Mental hospitals Bombay report 1921-28 - 1921-1928
Year: 1921
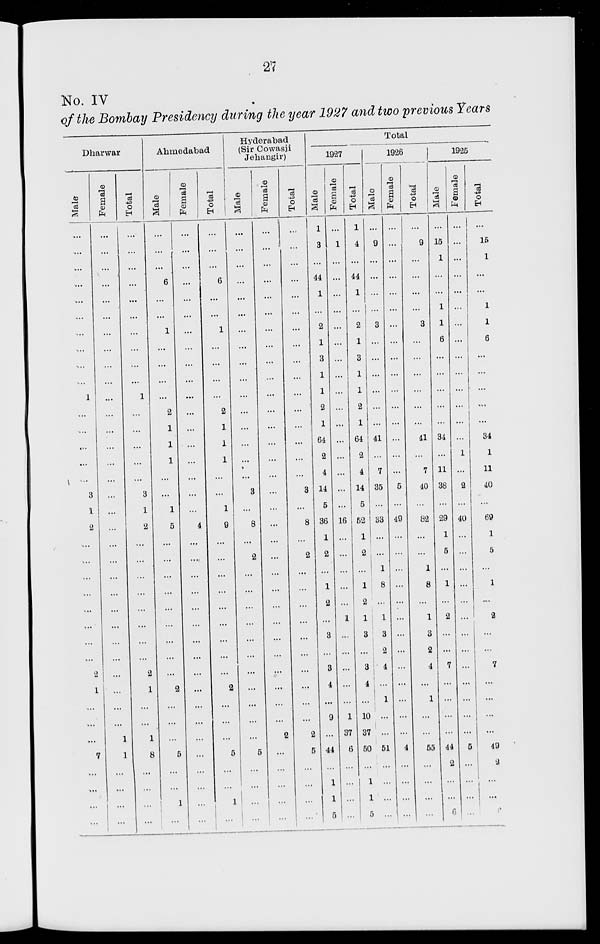
27
No. IV
of the Bombay Presidency during the year 1927 and two previous Years
Dharwar
Male
...
...
...
...
...
...
...
...
...
...
1
...
...
...
...
...
3
1
2
...
...
...
...
...
...
...
...
2
1
...
...
...
7
...
...
...
...
Female
...
...
...
...
...
...
...
...
...
...
...
...
...
...
...
...
...
...
...
...
...
...
...
...
...
...
...
...
...
...
...
1
1
...
...
...
...
Total
...
...
...
...
...
...
...
...
...
...
1
...
...
...
...
...
3
1
2
...
...
...
...
...
...
...
...
2
1
...
...
1
8
...
...
...
...
Ahmedabad
Male
...
...
...
6
...
...
1
...
...
...
...
2
1
1
1
...
...
1
5
...
...
...
...
...
...
...
...
...
2
...
...
...
5
...
...
1
...
Female
...
...
...
...
...
...
...
...
...
...
...
...
...
...
...
...
...
...
4
...
...
...
...
...
...
...
...
...
...
...
...
...
...
...
...
...
...
Total
...
...
...
6
...
...
1
...
...
...
...
2
1
1
1
...
...
1
9
...
...
...
...
...
...
...
...
...
2
...
...
...
5
...
...
1
...
Hyderabad
(Sir Cowasji
Jehangir)
Male
...
...
...
...
...
...
...
...
...
...
...
...
...
...
...
...
3
...
8
...
2
...
...
...
...
...
...
...
...
...
...
...
5
...
...
...
...
Female
...
...
...
...
...
...
...
...
...
...
...
...
...
...
...
...
...
...
...
...
...
...
...
...
...
...
...
...
...
...
...
2
...
...
...
...
...
Total
...
...
...
...
...
...
...
...
...
...
...
...
...
...
...
...
3
...
8
...
2
...
...
...
...
...
...
...
...
...
...
2
5
...
...
...
...
Total
1927
Male
1
3
...
44
1
...
2
1
3
1
1
2
1
64
2
4
14
5
36
1
2
...
1
2
...
3
...
3
4
...
9
...
44
...
1
1
5
Female
...
1
...
...
...
...
...
...
...
...
...
...
...
...
...
...
...
...
16
...
...
...
...
...
1
...
...
...
...
...
1
37
6
...
...
...
...
Total
1
4
...
44
1
...
2
1
3
1
1
2
1
64
2
4
14
5
52
1
2
...
1
2
1
3
...
3
4
...
10
37
50
...
1
1
5
1926
Male
...
9
...
...
...
...
3
...
...
...
...
...
...
41
...
7
35
...
33
...
...
1
8
...
1
3
2
4
...
1
...
...
51
...
...
...
...
Female
...
...
...
...
...
...
...
...
...
...
...
...
...
...
...
...
5
...
49
...
...
...
...
...
...
...
...
...
...
...
...
...
4
...
...
...
...
Total
...
9
...
...
...
...
3
...
...
...
...
...
...
41
...
7
40
...
82
...
...
1
8
...
1
3
2
4
...
1
...
...
55
...
...
...
...
1925
Male
...
15
1
...
...
1
1
6
...
...
...
...
...
34
...
11
38
...
29
1
5
...
1
...
2
...
...
7
...
...
...
...
44
2
...
...
6
Female
...
...
...
...
...
...
...
...
...
...
...
...
...
...
1
...
2
...
40
...
...
...
...
...
...
...
...
...
...
...
...
...
5
...
...
...
...
Total
...
15
1
...
...
1
1
6
...
...
...
...
...
34
1
11
40
...
69
1
5
...
1
...
2
...
...
7
...
...
...
...
49
2
...
...